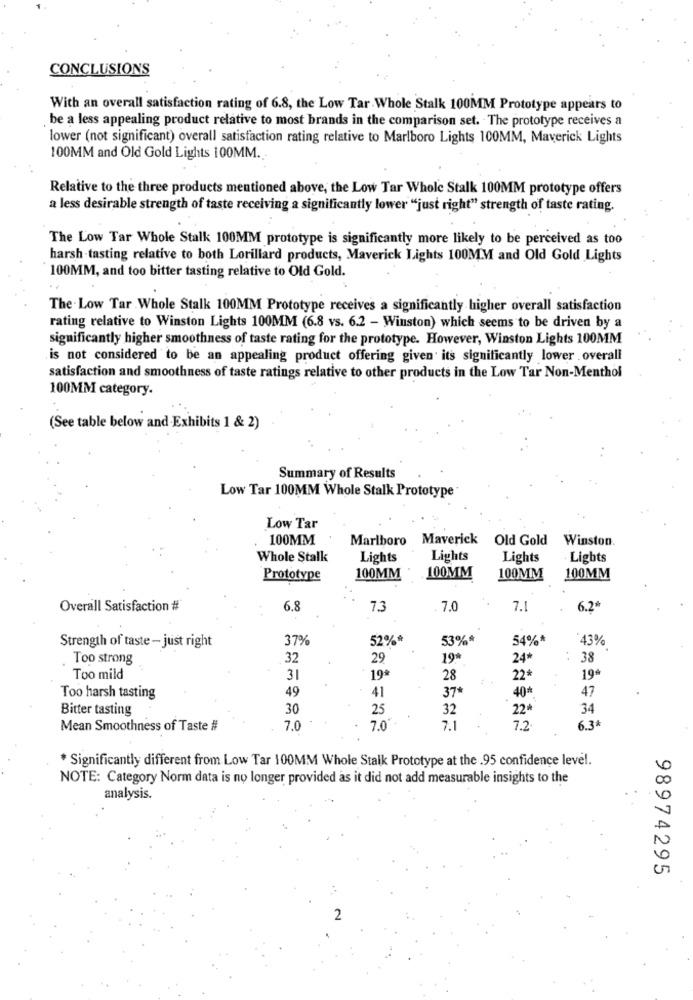
CONCLUSIONS
With an overall satisfaction rating of 6.8, the Low Tar Whole Stalk 100MM Prototype appears to
be a less appealing product relative to most brands in the comparison set. The prototype receives a
lower (not significant) overall satisfaction rating relative to Marlboro Lights 100MM, Maverick Lights
100MM and Old Gold Lights 100MM.
Relative to the three products mentioned above, the Low Tar Whole Stalk 100MM prototype offers
a less desirable strength of taste receiving a significantly lower "just right" strength of taste rating.
The Low Tar Whole Stalk 100MM prototype is significantly more likely to be perceived as too
harsh tasting relative to both Lorillard products, Maverick Lights 100MM and Old Gold Lights
100MM, and too bitter tasting relative to Old Gold.
The . Low Tar Whole Stalk 100MM Prototype receives a significantly higher overall satisfaction
rating relative to Winston Lights 100MM (6.8 vs. 6.2 - Winston) which seems to be driven by a
significantly higher smoothness of taste rating for the prototype. However, Winston Lights 100MM
is not considered to be an appealing product offering given its significantly lower overall
satisfaction and smoothness of taste ratings relative to other products in the Low Tar Non-Menthol
100MM category.
(See table below and Exhibits 1 & 2)
Summary of Results
Low Tar 100MM Whole Stalk Prototype
Low Tar
100MM
Marlboro Maverick
Old Gold
Winston.
Whole Stalk
Lights
Lights
Lights
Lights
Prototype
100MM
100MM
100MM
100MM
Overall Satisfaction #
6.8
7.3
7.0
7.1
6.2*
Strength of taste - just right
37%
52%*
53%*
54%*
'43%
Too strong
32
29
19
24
38
Too mild
31
28
22
19
49
37*
40*
47
Too harsh tasting
41
Bitter tasting
30
25
32
22+
34
7.0 **
Mean Smoothness of Taste #
7.0
7.1
7.2
6.3+
* Significantly different from Low Tar 100MM Whole Stalk Prototype at the .95 confidence level.
NOTE: Category Norm data is no longer provided as it did not add measurable insights to the
analysis.
98974295
2